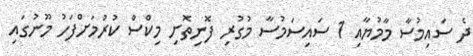
ދެ ސައިމުސާ މާމުޔާއި 1 ސައިސަމުސާ މުގުރި ފޮނިތޮށި މިކްސް ކުރުމަށްފަހު މޫނުގައި